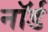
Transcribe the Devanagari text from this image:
नॉर्ड